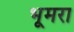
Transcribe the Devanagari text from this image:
भूमरा